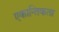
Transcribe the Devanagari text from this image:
एकान्तिकता